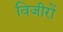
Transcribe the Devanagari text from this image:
विजीरों